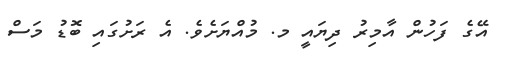
އޭގެ ފަހުން އާމިރު ދިޔައީ މ. މުއްޔަށެވެ. އެ ރަށުގައި ބޮޑު މަސް